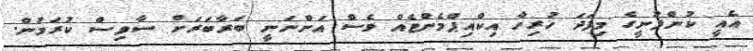
އެއީ ކުންފުނީގެ މިފަދަ ހުރިހާ އިކްއިޕްމެންޓެއް ވެސް އަންނަނީ ބަރާބަރަށް ސާވިސް ކުރަމުން.